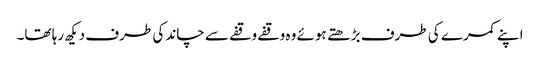
اپنے کمرے کی طرف بڑھتے ہوئے وہ وقفے وقفے سے چاند کی طرف دیکھ رہا تھا۔